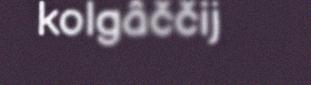
kolgâččij